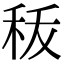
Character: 𮂺